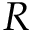
R